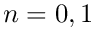
n = 0 , 1